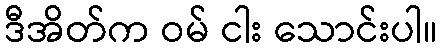
ဒီအိတ်က ဝမ် ငါး သောင်းပါ။